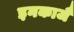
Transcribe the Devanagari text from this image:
इनकाजै